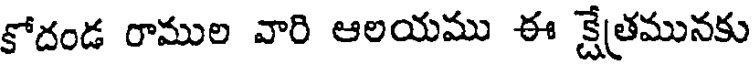
కోదండ రాముల వారి ఆలయము ఈ క్షేత్రమునకు